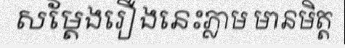
សម្តែងរឿងនេះភ្លាម មានមិត្ត